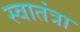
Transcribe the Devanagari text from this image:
स्वातंत्रा